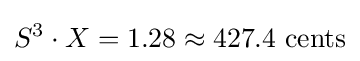
S^{3}\cdot X=1.28\approx 427.4{\text{ cents}}